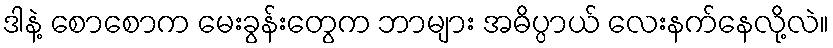
ဒါနဲ့ စောစောက မေးခွန်းတွေက ဘာများ အဓိပ္ပာယ် လေးနက်နေလို့လဲ။